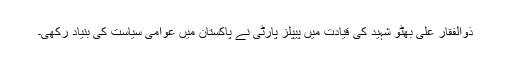
ذوالفقار علی بھٹو شہید کی قیادت میں پیپلز پارٹی نے پاکستان میں عوامی سیاست کی بنیاد رکھی۔